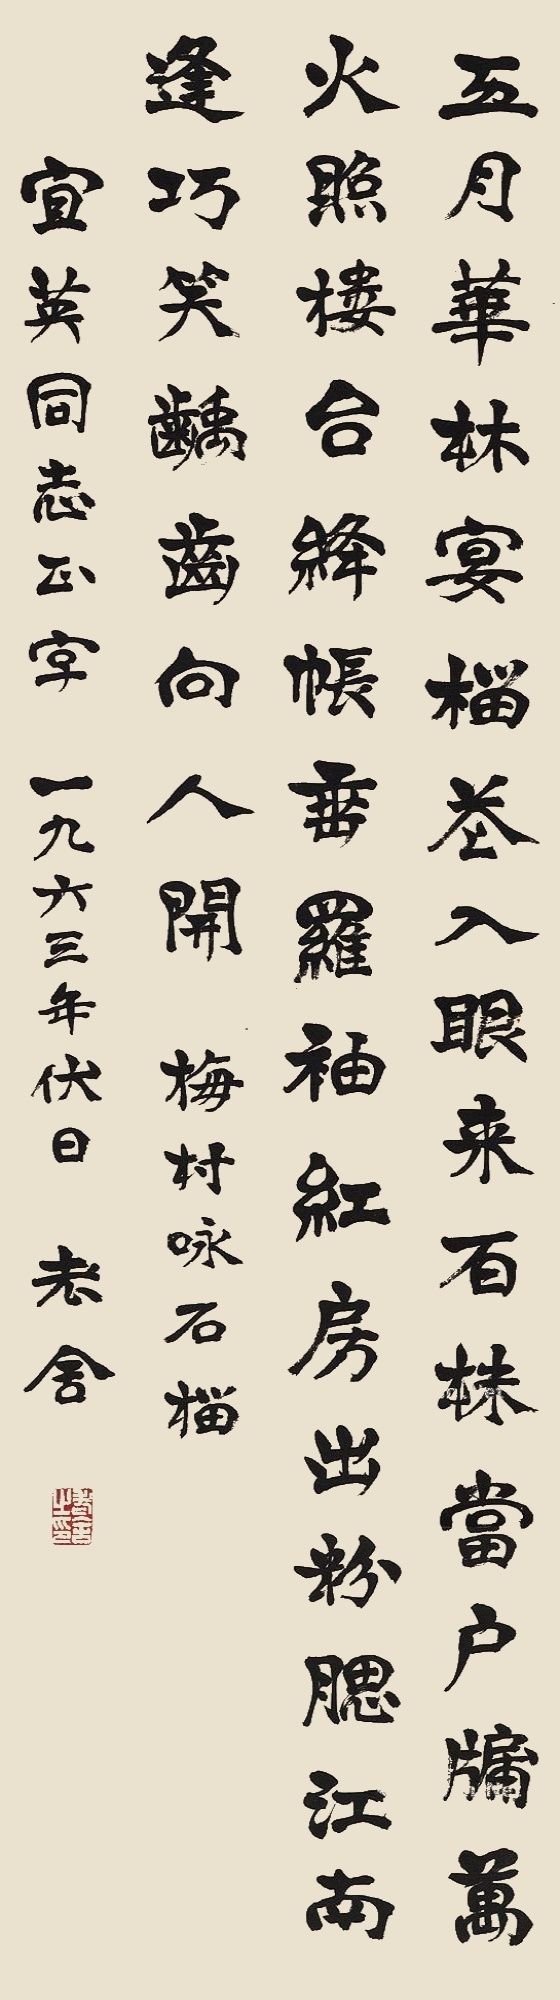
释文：五月华林宴，榴花入眼来。百株当户牖，万火照楼台。绛帐垂罗袖，红房出粉腮。江南逢巧笑，龋齿向人开。梅村咏石榴。宜英同志正字，一九六三年伏日，老舍。